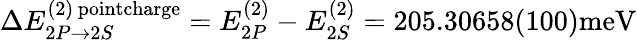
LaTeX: \Delta E_{2P\rightarrow 2S}^{(2)\, \textrm{pointcharge}}=E_{2P}^{(2)}-E_{2S}^{(2)}=205.30658(100)\textrm{meV}